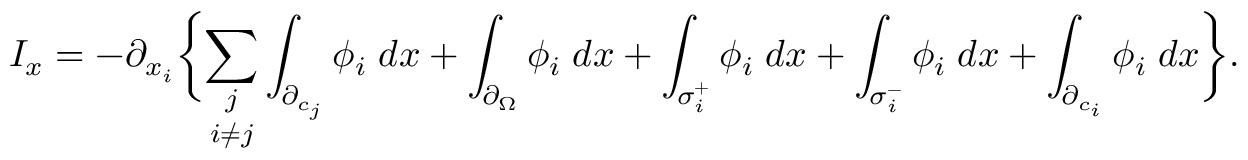
I _ { x } = - \partial _ { x _ { i } } \biggl \{ \underset { i \neq j } { \sum _ { j } } \int _ { \partial _ { c _ { j } } } \phi _ { i } \; d x + \int _ { \partial _ { \Omega } } \phi _ { i } \; d x + \int _ { \sigma _ { i } ^ { + } } \phi _ { i } \; d x + \int _ { \sigma _ { i } ^ { - } } \phi _ { i } \; d x + \int _ { \partial _ { c _ { i } } } \phi _ { i } \; d x \biggl \} .